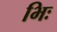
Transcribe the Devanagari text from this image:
भिः